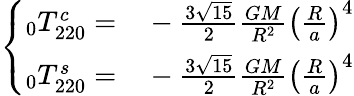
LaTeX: \left\{ \begin{array}{c}{\begin{array}{rl}{\phantom{}_{0}T_{220}^{c}=}&{{}-\frac{3\sqrt{15}}{2}\frac{GM}{R^{2}}\left(\frac{R}{a}\right)^{4}}\end{array}}\\ {\begin{array}{rl}{\phantom{}_{0}T_{220}^{s}=}&{{}-\frac{3\sqrt{15}}{2}\frac{GM}{R^{2}}\left(\frac{R}{a}\right)^{4}}\end{array}}\end{array}\right.